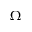
\Omega